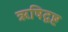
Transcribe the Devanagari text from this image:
ऋषिदृष्ट